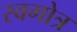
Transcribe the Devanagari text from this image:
स्वगोत्र